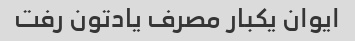
ایوان یکبار مصرف یادتون رفت